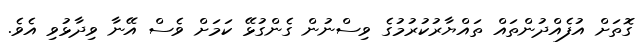
ގޮތަށް އުފެއްދުންތައް ތައްޔާރުކުރުމުގެ ވިސްނުން ގެންގުޅޭ ކަމަށް ވެސް އޭނާ ވިިދާޅުވި އެވެ.